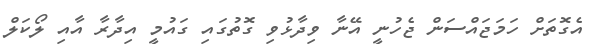
އެގޮތަށް ހަމަޖައްސަން ޖެހުނީ އޭނާ ވިދާޅުވި ގޮތުގައި ގައުމީ އިދާރާ އާއި ލޯކަލް